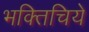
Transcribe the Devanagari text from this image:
भक्तिचिये